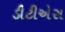
ડીટીએસ